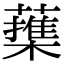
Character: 𦿕